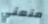
منعني